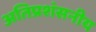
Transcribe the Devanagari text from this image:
अतिप्रशंसनीय